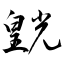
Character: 皝